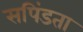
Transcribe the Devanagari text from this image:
सपिंडता